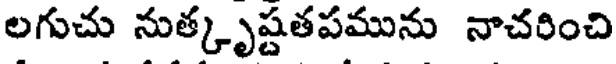
లగుచు నుత్కృష్టతపమును నాచరించి